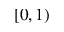
[ 0 , 1 )